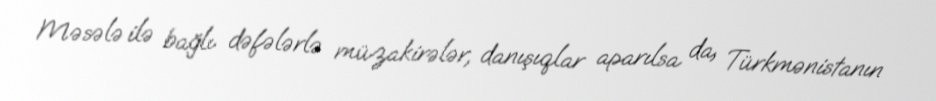
Məsələ ilə bağlı dəfələrlə müzakirələr, danışıqlar aparılsa da, Türkmənistanın